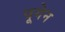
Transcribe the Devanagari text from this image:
पूगेन